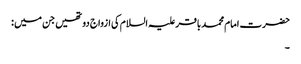
حضرت امام محمد باقر علیہ السلام کی ازواج دو تھیں جن میں :
۔